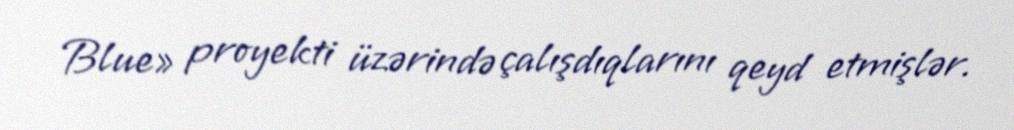
Blue» proyekti üzərində çalışdıqlarını qeyd etmişlər.